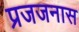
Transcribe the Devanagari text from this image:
प्रजजनास